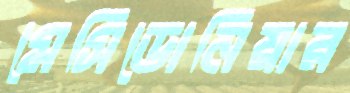
মেসিডোনিয়ার